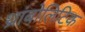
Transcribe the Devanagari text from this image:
थ्रांबोलिटिक